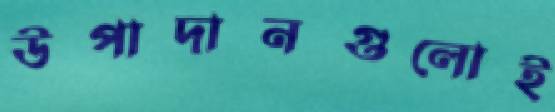
উপাদানগুলোই